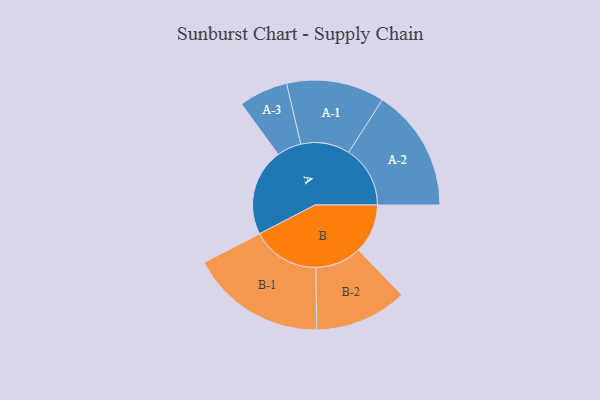
{"axis": {"x": "Segment", "y": "Value"}, "legend": ["", "A", "B"], "data": [{"x": "A", "y": 384, "type": ""}, {"x": "B", "y": 217, "type": ""}, {"x": "A-1", "y": 216, "type": "A"}, {"x": "A-2", "y": 271, "type": "A"}, {"x": "A-3", "y": 108, "type": "A"}, {"x": "B-1", "y": 299, "type": "B"}, {"x": "B-2", "y": 204, "type": "B"}]}